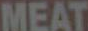
MEAT